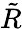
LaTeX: \tilde{R}